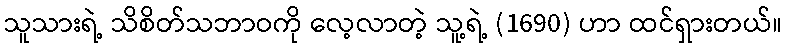
သူသားရဲ့ သိစိတ်သဘာဝကို လေ့လာတဲ့ သူ့ရဲ့ (1690) ဟာ ထင်ရှားတယ်။